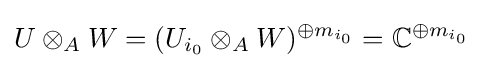
U\otimes _{A}W=(U_{i_{0}}\otimes _{A}W)^{\oplus m_{i_{0}}}=\mathbb {C} ^{\oplus m_{i_{0}}}